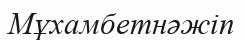
Мұхамбетнәжіп